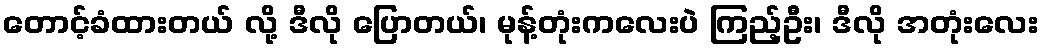
တောင့်ခံထားတယ် လို့ ဒီလို ပြောတယ်၊ မုန့်တုံးကလေးပဲ ကြည့်ဦး၊ ဒီလို အတုံးလေး